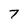
Character: 7